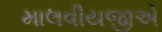
માલવીયજીએ